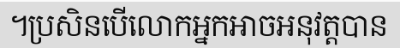
។ប្រសិនបើលោកអ្នកអាចអនុវត្តបាន